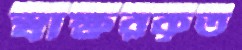
স্বাক্ষরকৃত